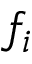
f _ { i }